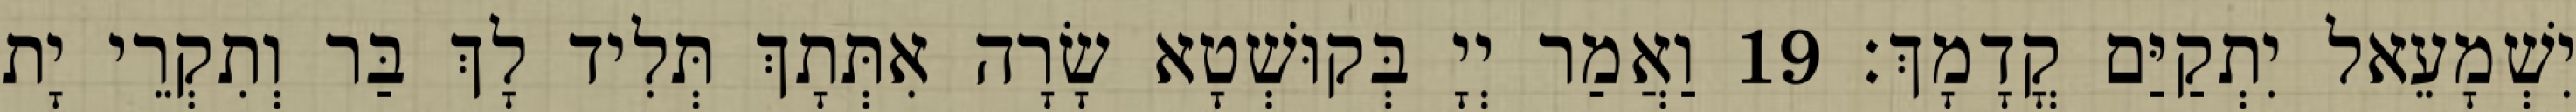
יִשְׁמָעֵאל יִתְקַיַּם קֳדָמָךְ׃ 19 וַאֲמַר יְיָ בְּקוּשְׁטָא שָׂרָה אִתְּתָךְ תְּלִיד לָךְ בַּר וְתִקְרֵי יָת